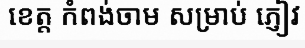
ខេត្ត កំពង់ចាម សម្រាប់ ភ្ញៀវ